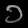
Digit: ၁